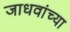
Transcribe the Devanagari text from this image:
जाधवांच्या